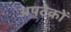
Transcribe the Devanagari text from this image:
अपटेकों